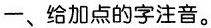
一、给加点的字注音。